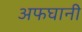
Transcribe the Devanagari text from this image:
अफघानी